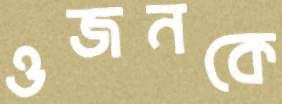
ওজনকে